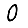
Digit: 0